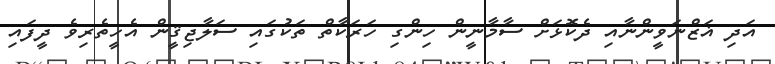
އަދި ޣަޒްނަވީންނާއި ދެކޮޅަށް ސާމާނީން ހިންގި ހަރަކާތް ތަކުގައި ސަލާޖިޤީން އެހީތެރިވެ ދީފައި